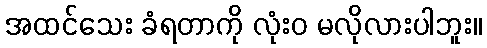
အထင်သေး ခံရတာကို လုံးဝ မလိုလားပါဘူး။